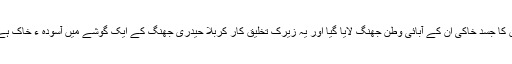
ان کا جسد خاکی ان کے آبائی وطن جھنگ لایا گیا اور یہ زیرک تخلیق کار کربلا حیدری جھنگ کے ایک گوشے میں آسودہ ء خاک ہے۔